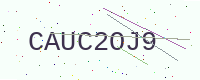
Text: CAUC2OJ9